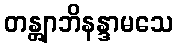
တန္တျာဘိနန္ဒာမသေ